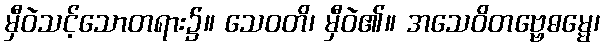
မှီဝဲသင့်သောတရား၌။ သေဝတိ၊ မှီဝဲ၏။ အသေဝိတဗ္ဗေဓမ္မေ၊